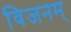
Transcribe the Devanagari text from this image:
विजनम्